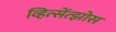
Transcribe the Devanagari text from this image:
व्हित्सेंत्झोस